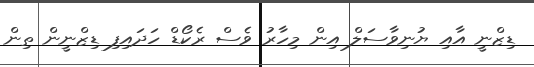
ޑިޒްނީ އާއި ޔުނިވާސަލް އިން މިހާރު ވެސް ރެކޯޑް ހަދައިފި ޑިޒްނީން ތިން